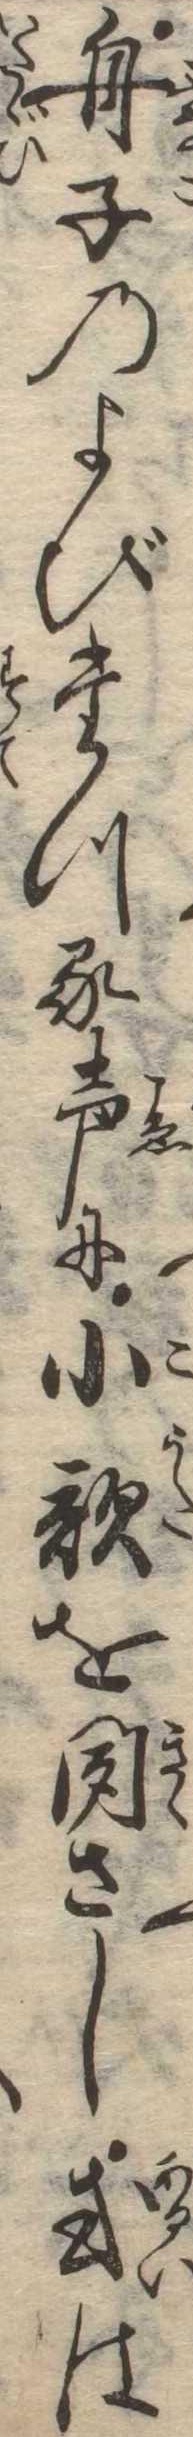
舟子のよびたつる声に小歌を聞さし或は